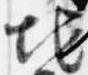
地